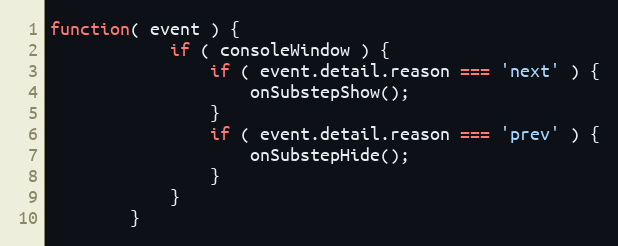
Language: JavaScript
function( event ) {
            if ( consoleWindow ) {
                if ( event.detail.reason === 'next' ) {
                    onSubstepShow();
                }
                if ( event.detail.reason === 'prev' ) {
                    onSubstepHide();
                }
            }
        }